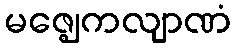
မဇ္ဈေကလျာဏံ